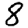
Digit: 8